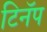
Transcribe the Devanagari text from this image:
टिनॅप